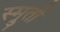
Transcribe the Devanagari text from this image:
स्म्रुती